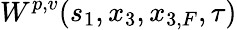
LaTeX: W^{p,v}(s_{1},x_{3},x_{3,F},\tau)